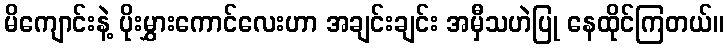
မိကျောင်းနဲ့ ပိုးမွှားကောင်လေးဟာ အချင်းချင်း အမှီသဟဲပြု နေထိုင်ကြတယ်။